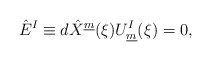
\begin{align*}\hat{E}^{I} \equiv d\hat{X}^{\underline{m}}(\xi) U^{I}_{\underline{m}}(\xi) = 0, \qquad\end{align*}